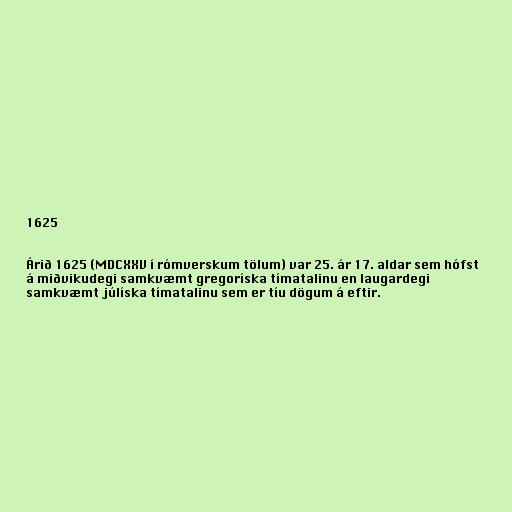
1625

Árið 1625 (MDCXXV í rómverskum tölum) var 25. ár 17. aldar sem hófst
á miðvikudegi samkvæmt gregoríska tímatalinu en laugardegi
samkvæmt júlíska tímatalinu sem er tíu dögum á eftir.